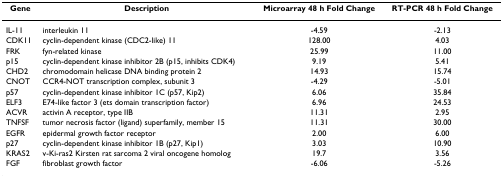
<table><thead><tr><td><b>Gene</b></td><td><b>Description</b></td><td><b>Microarray 48 h Fold Change</b></td><td><b>RT-PCR 48 h Fold Change</b></td></tr></thead><tbody><tr><td>IL-11</td><td>interleukin 11</td><td>-4.59</td><td>-2.13</td></tr><tr><td>CDK11</td><td>cyclin-dependent kinase (CDC2-like) 11</td><td>128.00</td><td>4.03</td></tr><tr><td>FRK</td><td>fyn-related kinase</td><td>25.99</td><td>11.00</td></tr><tr><td>p15</td><td>cyclin-dependent kinase inhibitor 2B (p15, inhibits CDK4)</td><td>9.19</td><td>5.41</td></tr><tr><td>CHD2</td><td>chromodomain helicase DNA binding protein 2</td><td>14.93</td><td>15.74</td></tr><tr><td>CNOT</td><td>CCR4-NOT transcription complex, subunit 3</td><td>-4.29</td><td>-5.01</td></tr><tr><td>p57</td><td>cyclin-dependent kinase inhibitor 1C (p57, Kip2)</td><td>6.06</td><td>35.84</td></tr><tr><td>ELF3</td><td>E74-like factor 3 (ets domain transcription factor)</td><td>6.96</td><td>24.53</td></tr><tr><td>ACVR</td><td>activin A receptor, type IIB</td><td>11.31</td><td>2.95</td></tr><tr><td>TNFSF</td><td>tumor necrosis factor (ligand) superfamily, member 15</td><td>11.31</td><td>30.00</td></tr><tr><td>EGFR</td><td>epidermal growth factor receptor</td><td>2.00</td><td>6.00</td></tr><tr><td>p27</td><td>cyclin-dependent kinase inhibitor 1B (p27, Kip1)</td><td>3.03</td><td>10.90</td></tr><tr><td>KRAS2</td><td>v-Ki-ras2 Kirsten rat sarcoma 2 viral oncogene homolog</td><td>19.7</td><td>3.56</td></tr><tr><td>FGF</td><td>fibroblast growth factor</td><td>-6.06</td><td>-5.26</td></tr></tbody></table>